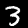
Digit: 3